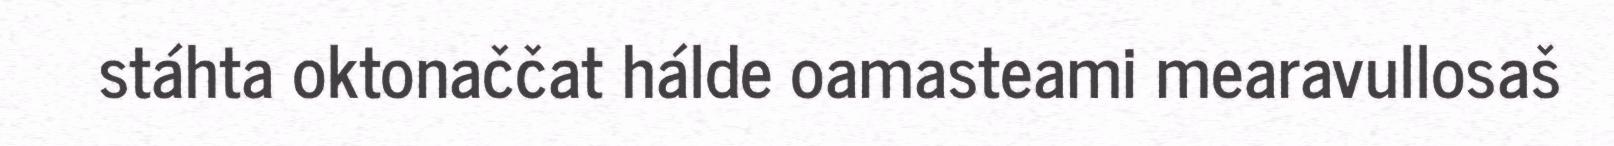
stáhta oktonaččat hálde oamasteami mearavullosaš